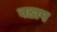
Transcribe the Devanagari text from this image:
वडाप